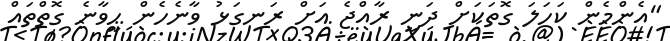
"އެންމެން ކަހަލަ ގޮތަކަށް ދަނީ ރާއްޖެ އަށް ރަނގަޅު ވާނެހެން ހީވާނެ ގޮތްތައް